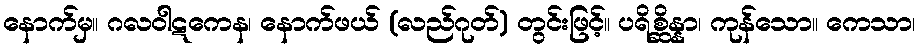
နောက်မှ။ ဂလဝါဋကေန၊ နောက်ဖယ် (လည်ဂုတ်) တွင်းဖြင့်။ ပရိစ္ဆိန္နာ၊ ကုန်သော။ ကေသာ၊